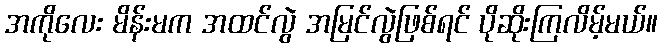
အကိုလေး မိန်းမက အထင်လွဲ အမြင်လွဲဖြစ်ရင် ပိုဆိုးကြလိမ့်မယ်။